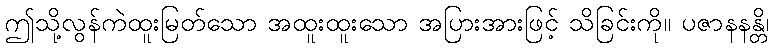
ဤသို့လွန်ကဲထူးမြတ်သော အထူးထူးသော အပြားအားဖြင့် သိခြင်းကို။ ပဇာနနန္တိ၊